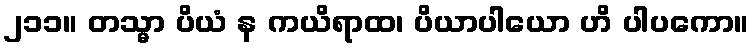
၂၁၁။ တသ္မာ ပိယံ န ကယိရာထ၊ ပိယာပါယော ဟိ ပါပကော။